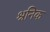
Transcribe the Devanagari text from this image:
श्रनिक